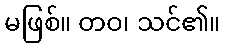
မဖြစ်။ တဝ၊ သင်၏။